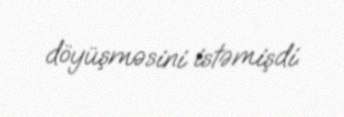
döyüşməsini istəmişdi.